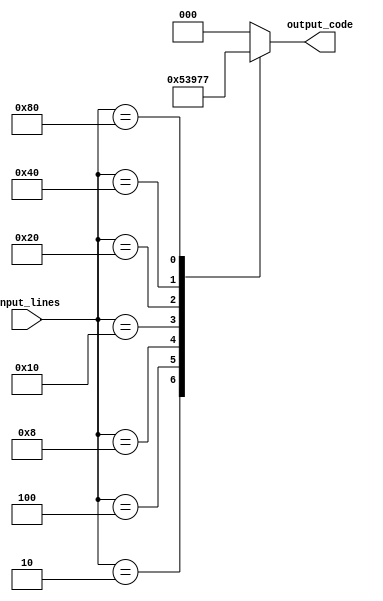
module octal_priority_encoder(
    input [7:0] input_lines,
    output reg [2:0] output_code
);

always @* begin
    case(input_lines)
        8'b00000001: output_code = 3'b000; // input line 0 has highest priority
        8'b00000010: output_code = 3'b001; // input line 1 has highest priority
        8'b00000100: output_code = 3'b010; // input line 2 has highest priority
        8'b00001000: output_code = 3'b011; // input line 3 has highest priority
        8'b00010000: output_code = 3'b100; // input line 4 has highest priority
        8'b00100000: output_code = 3'b101; // input line 5 has highest priority
        8'b01000000: output_code = 3'b110; // input line 6 has highest priority
        8'b10000000: output_code = 3'b111; // input line 7 has highest priority
        default: output_code = 3'b000; // default to input line 0 if multiple lines are active
    endcase
end

endmodule